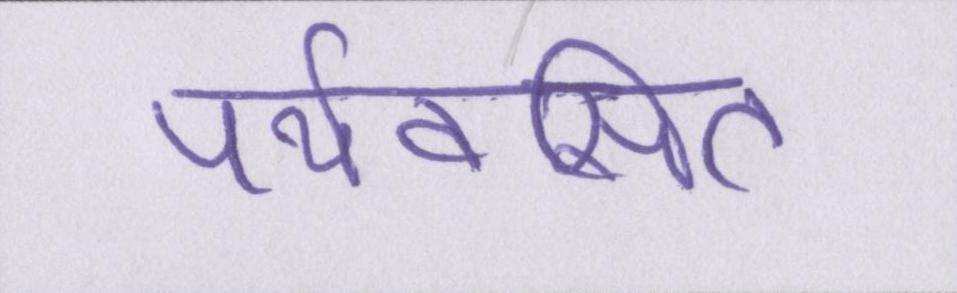
पर्यवसित